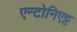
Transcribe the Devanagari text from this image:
एन्टोनिएट्ट